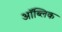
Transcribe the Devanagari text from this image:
ऑब्लिक